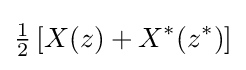
{\tfrac {1}{2}}\left[X(z)+X^{*}(z^{*})\right]